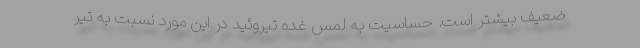
ضعیف بیشتر است. حساسیت به لمس غده تیروئید در این مورد نسبت به تیر